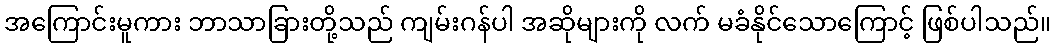
အကြောင်းမူကား ဘာသာခြားတို့သည် ကျမ်းဂန်ပါ အဆိုများကို လက် မခံနိုင်သောကြောင့် ဖြစ်ပါသည်။